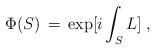
LaTeX: \begin{align*}\Phi (S) \,=\, \exp [ i \int_S L ] \;,\end{align*}